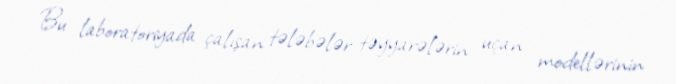
Bu laboratoriyada çalışan tələbələr təyyarələrin uçan modellərinin